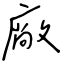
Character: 廠